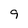
Character: 9